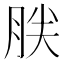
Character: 𰮤